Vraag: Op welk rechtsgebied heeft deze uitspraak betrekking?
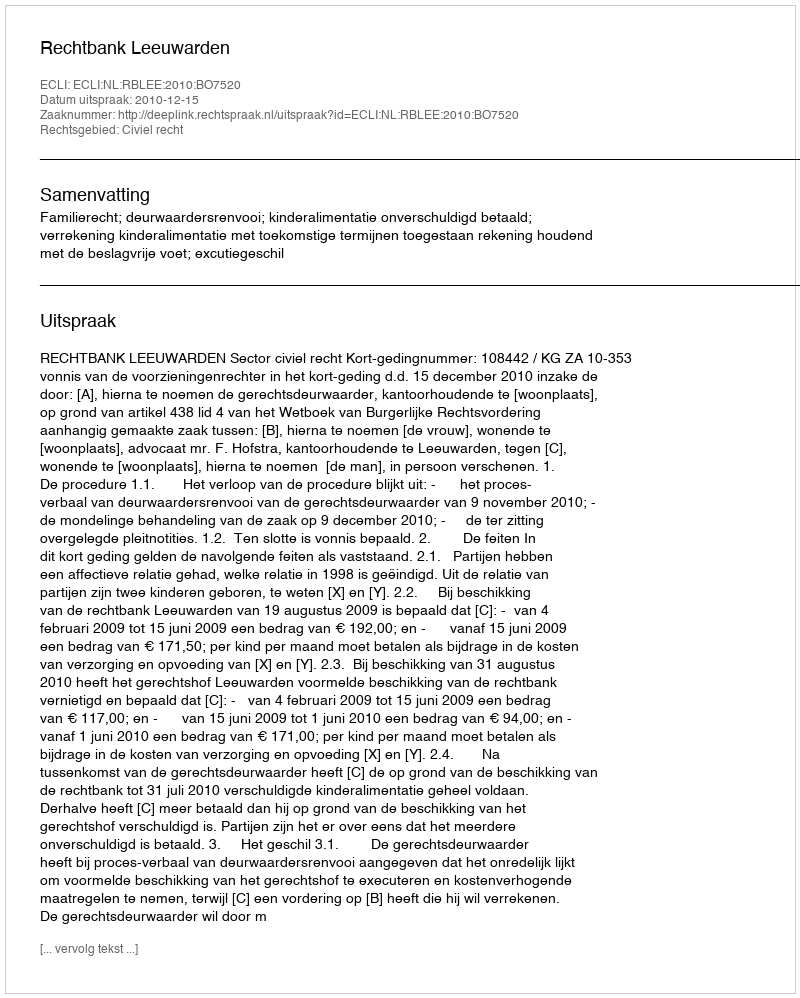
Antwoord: Civiel recht